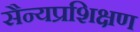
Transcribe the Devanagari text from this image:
सैन्यप्रशिक्षण